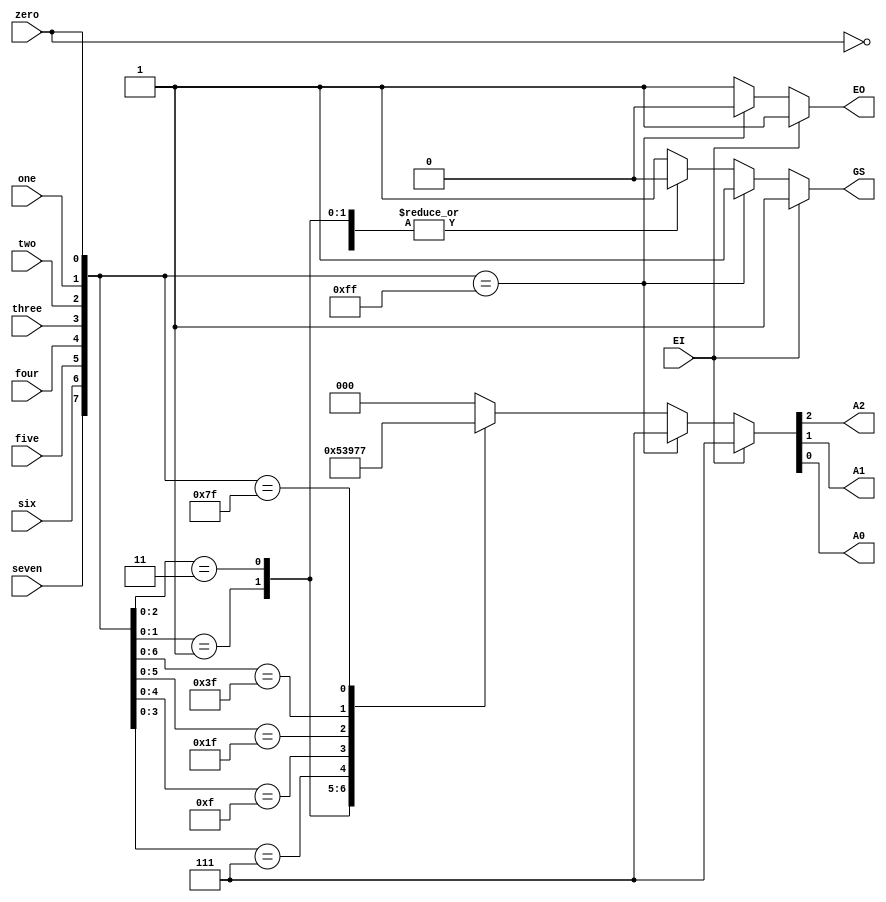
module SN74LS148N (
input EI, zero, one, two, three, four, five, six, seven, // EI, enable input, active low
output A2,A1,A0,
output reg GS,EO												// EO, enable output, active high, GS should be low until outputs are stable (implement experimentally)
);

wire [7:0] dataIn;
reg [2:0] dataOut;

assign dataIn[0] = zero;
assign dataIn[1] = one;
assign dataIn[2] = two;
assign dataIn[3] = three;
assign dataIn[4] = four;
assign dataIn[5] = five;
assign dataIn[6] = six;
assign dataIn[7] = seven;

assign A2=dataOut[2];
assign A1=dataOut[1];
assign A0=dataOut[0];

always@* begin
	if(EI) begin
		dataOut=3'b111;
		GS=1'b1;
		EO=1'b1;
	end
	else begin
		if(dataIn==8'b11111111) begin 
			dataOut=3'b111;
			GS=1'b1;
			EO=1'b0;
		end
		else begin
			GS=1'b0;
			EO=1'b1;
			casez(dataIn) 
				8'b???????0:dataOut=3'b000;
				8'b??????01:dataOut=3'b001;
				8'b?????011:dataOut=3'b010;
				8'b????0111:dataOut=3'b011;
				8'b???01111:dataOut=3'b100;
				8'b??011111:dataOut=3'b101;
				8'b?0111111:dataOut=3'b110;
				8'b01111111:dataOut=3'b111;
				default: begin
					dataOut=3'b000;
					GS = 1'b1;
					EO = 1'b1;
				end
			endcase
		end
		
	end
end


endmodule